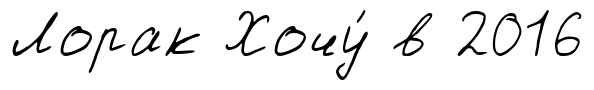
Лорак Хочу́ в 2016